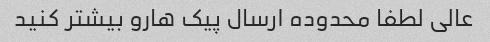
عالی لطفا محدوده ارسال پیک هارو بیشتر کنید